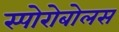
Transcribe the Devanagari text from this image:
स्पोरोबोलस